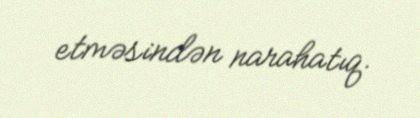
etməsindən narahatıq.